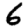
Digit: 6